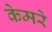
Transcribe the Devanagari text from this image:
केमरे